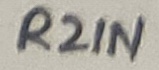
Text: R2IN